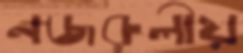
নজরুলীয়